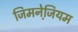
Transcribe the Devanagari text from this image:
जिमनेजि़यम